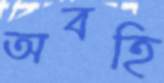
অবহি